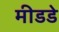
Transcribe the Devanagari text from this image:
मीडडे